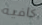
كافيه